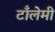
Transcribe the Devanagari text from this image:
टाँलेमी